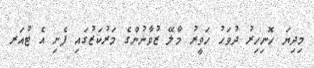
މިދިޔަ ހޮނިހިރު ދުވަހު ހަވީރު މާލޭ ޒުވާނުންގެ މަރުކަޒުގައި ފެށި އެ ޓުއަރ